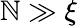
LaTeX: \mathbb{N}\gg\xi